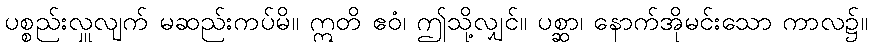
ပစ္စည်းလှူလျက် မဆည်းကပ်မိ။ ဣတိ ဧဝံ၊ ဤသို့လျှင်။ ပစ္ဆာ၊ နောက်အိုမင်းသော ကာလ၌။